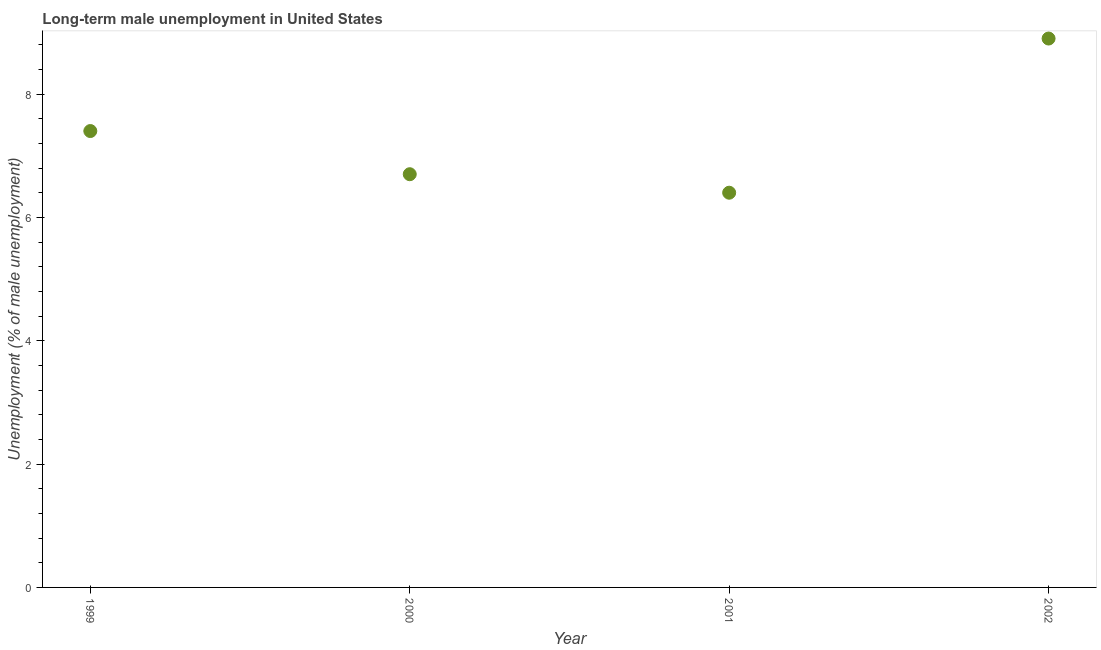
| Year | Long-term unemployment male |
 | --- | --- |
 | 1999 | 7.4 |
 | 2000 | 6.7 |
 | 2001 | 6.4 |
 | 2002 | 8.9 |